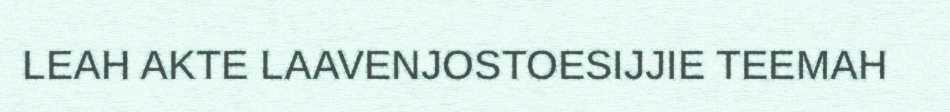
LEAH AKTE LAAVENJOSTOESIJJIE TEEMAH